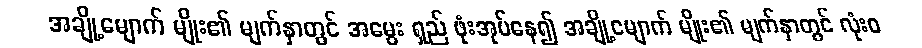
အချို့မျောက် မျိုး၏ မျက်နှာတွင် အမွေး ရှည် ဖုံးအုပ်နေ၍ အချို့မျောက် မျိုး၏ မျက်နှာတွင် လုံးဝ